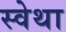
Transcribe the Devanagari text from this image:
स्वेथा